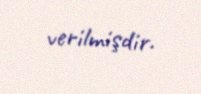
verilmişdir.